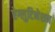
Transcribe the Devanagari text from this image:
ऐग्लुटिनेशन